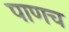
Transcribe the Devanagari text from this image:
पाणच